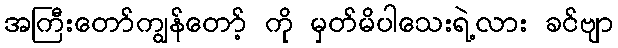
အကြီးတော်ကျွန်တော့် ကို မှတ်မိပါသေးရဲ့လား ခင်ဗျာ